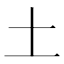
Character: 土